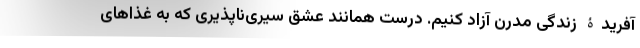
آفریدۀ زندگی مدرن آزاد کنیم. درست همانند عشق سیری‌ناپذیری که به غذاهای